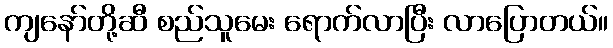
ကျနော်တို့ဆီ စည်သူမေး ရောက်လာပြီး လာပြောတယ်။